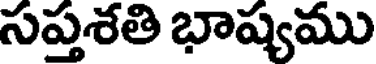
సప్తశతి భాష్యము